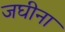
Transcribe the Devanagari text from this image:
जघीना